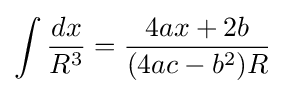
\int {\frac {dx}{R^{3}}}={\frac {4ax+2b}{(4ac-b^{2})R}}